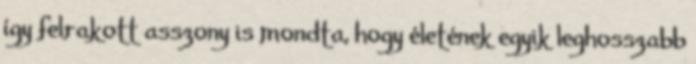
így felrakott asszony is mondta, hogy életének egyik leghosszabb